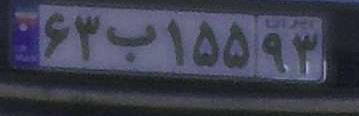
۶۳ب۱۵۵۹۳